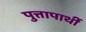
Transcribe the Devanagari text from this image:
पुत्तापार्थी